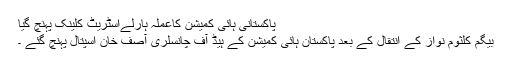
پاکستانی ہائی کمیشن کاعملہ ہارلےاسٹریٹ کلینک پہنچ گیا
بیگم کلثوم نواز کے انتقال کے بعد پاکستان ہائی کمیشن کے ہیڈ آف چانسلری آصف خان اسپتال پہنچ گئے ۔